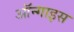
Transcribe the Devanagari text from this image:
ऑन्गाइस